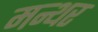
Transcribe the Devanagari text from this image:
मन्थर